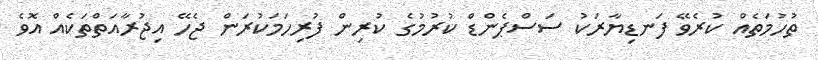
ތުހުމަތެއް ކުރެވޭ ފަނޑިޔާރަކު ސަސްޕެންޑް ކުރުމުގެ ކުރިން ފުރިހަމަކުރަން ޖެހޭ އިޖުރާއަތްތަކެއް އޮވެ